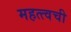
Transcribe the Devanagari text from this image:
महत्त्वची